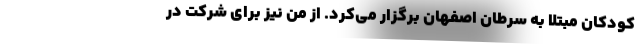
کودکان مبتلا به سرطان اصفهان برگزار می‌کرد. از من نیز برای شرکت در